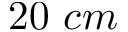
2 0 ~ c m